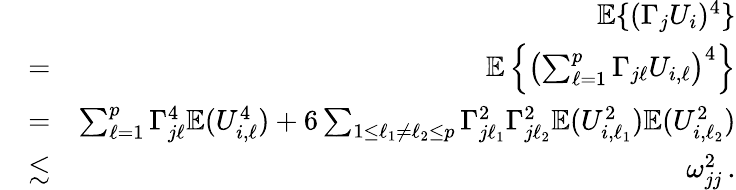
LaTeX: \begin{array}{rlr}&{}&{{\mathbb{E}}\{ (\Gamma_{j}U_{i})^{4}\} }\\ &{=}&{{\mathbb{E}}\left\{ \left(\sum_{\ell=1}^{p}\Gamma_{j\ell}U_{i,\ell}\right)^{4}\right\} }\\ &{=}&{\sum_{\ell=1}^{p}\Gamma_{j\ell}^{4}{\mathbb{E}}(U_{i,\ell}^{4})+6\sum_{1\leq\ell_{1}\neq\ell_{2}\leq p}\Gamma_{j\ell_{1}}^{2}\Gamma_{j\ell_{2}}^{2}{\mathbb{E}}(U_{i,\ell_{1}}^{2}){\mathbb{E}}(U_{i,\ell_{2}}^{2})}\\ &{\lesssim}&{\omega_{jj}^{2}\, .}\end{array}